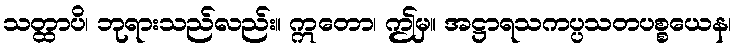
သတ္ထာပိ၊ ဘုရားသည်လည်း။ ဣတော၊ ဤမှ။ အဋ္ဌာရသကပ္ပသတပစ္စယေန၊